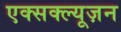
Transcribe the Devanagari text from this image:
एक्सक्ल्यूज़न